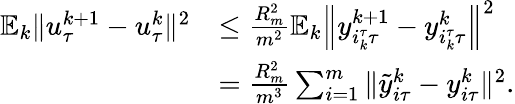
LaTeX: \begin{array}{rl}{\mathbb{E}_{k}\| u_{\tau}^{k+1}-u_{\tau}^{k}\| ^{2}}&{\leq\frac{R_{m}^{2}}{m^{2}}\mathbb{E}_{k}\left\| y_{i_{k}^{\tau}\tau}^{k+1}-y_{i_{k}^{\tau}\tau}^{k}\right\| ^{2}}\\ &{=\frac{R_{m}^{2}}{m^{3}}\sum_{i=1}^{m}\| {\tilde{y}}_{i\tau}^{k}-y_{i\tau}^{k}\| ^{2}.}\end{array}